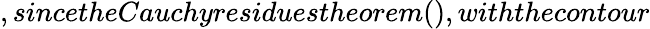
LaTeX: ,sincetheCauchyresiduestheorem(),withthecontour